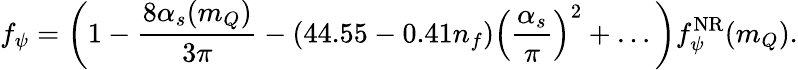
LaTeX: f_{\psi}=\left(1-\frac{8\alpha_{s}(m_{Q})}{3\pi}-(44.55-0.41n_{f})\left(\frac{\alpha_{s}}{\pi}\right)^{2}+\ldots\, \right)f_{\psi}^{\mathrm{NR}}(m_{Q}).